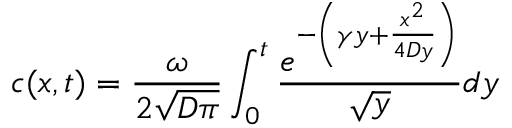
c ( x , t ) = \frac { \omega } { 2 \sqrt { D \pi } } \int _ { 0 } ^ { t } \frac { e ^ { - \left( \gamma y + \frac { x ^ { 2 } } { 4 D y } \right) } } { \sqrt { y } } d y